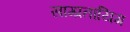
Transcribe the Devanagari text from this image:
साम्प्रतायिग